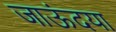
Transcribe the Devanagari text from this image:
जाऊंदया